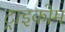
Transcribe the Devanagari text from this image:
ट्राइकोम